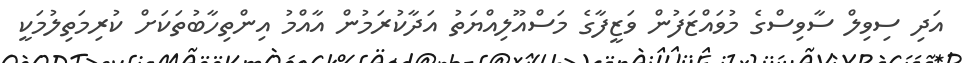
އަދި ސިވިލް ސާވިސްގެ މުވައްޒަފުން ވަޒީފާގެ މަސްއޫލިއްޔަތު އަދާކުރަމުން އާއްމު އިންތިހާބުތަކަށް ކުރިމަތިލުމަކީ